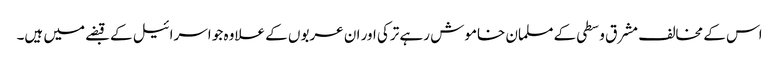
اس کے مخالف مشرق وسطی کے مسلمان خاموش رہے ترکی اور ان عربوں کے علاوہ جو اسرائیل کے قبضے میں ہیں۔